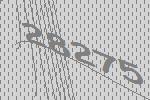
28275